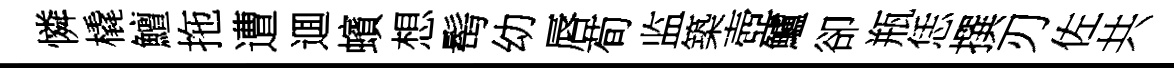
憐橇鱣拖遭逥蠙想髩幼唇荀监築壺鱸卻瓶恁撰刃佐共